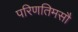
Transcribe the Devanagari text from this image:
परिणतिमसौ